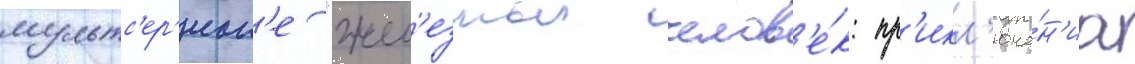
мультс'ер'иал'е "жел'езныи челов'е́к: пр'икл'юче́н'иа